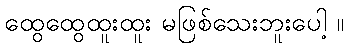
ထွေထွေထူးထူး မဖြစ်သေးဘူးပေါ့ ။